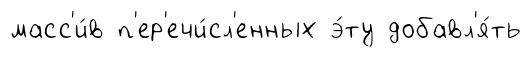
масс'и́в п'ер'ечи́сл'енных э́ту добавл'я́ть